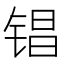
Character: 锠